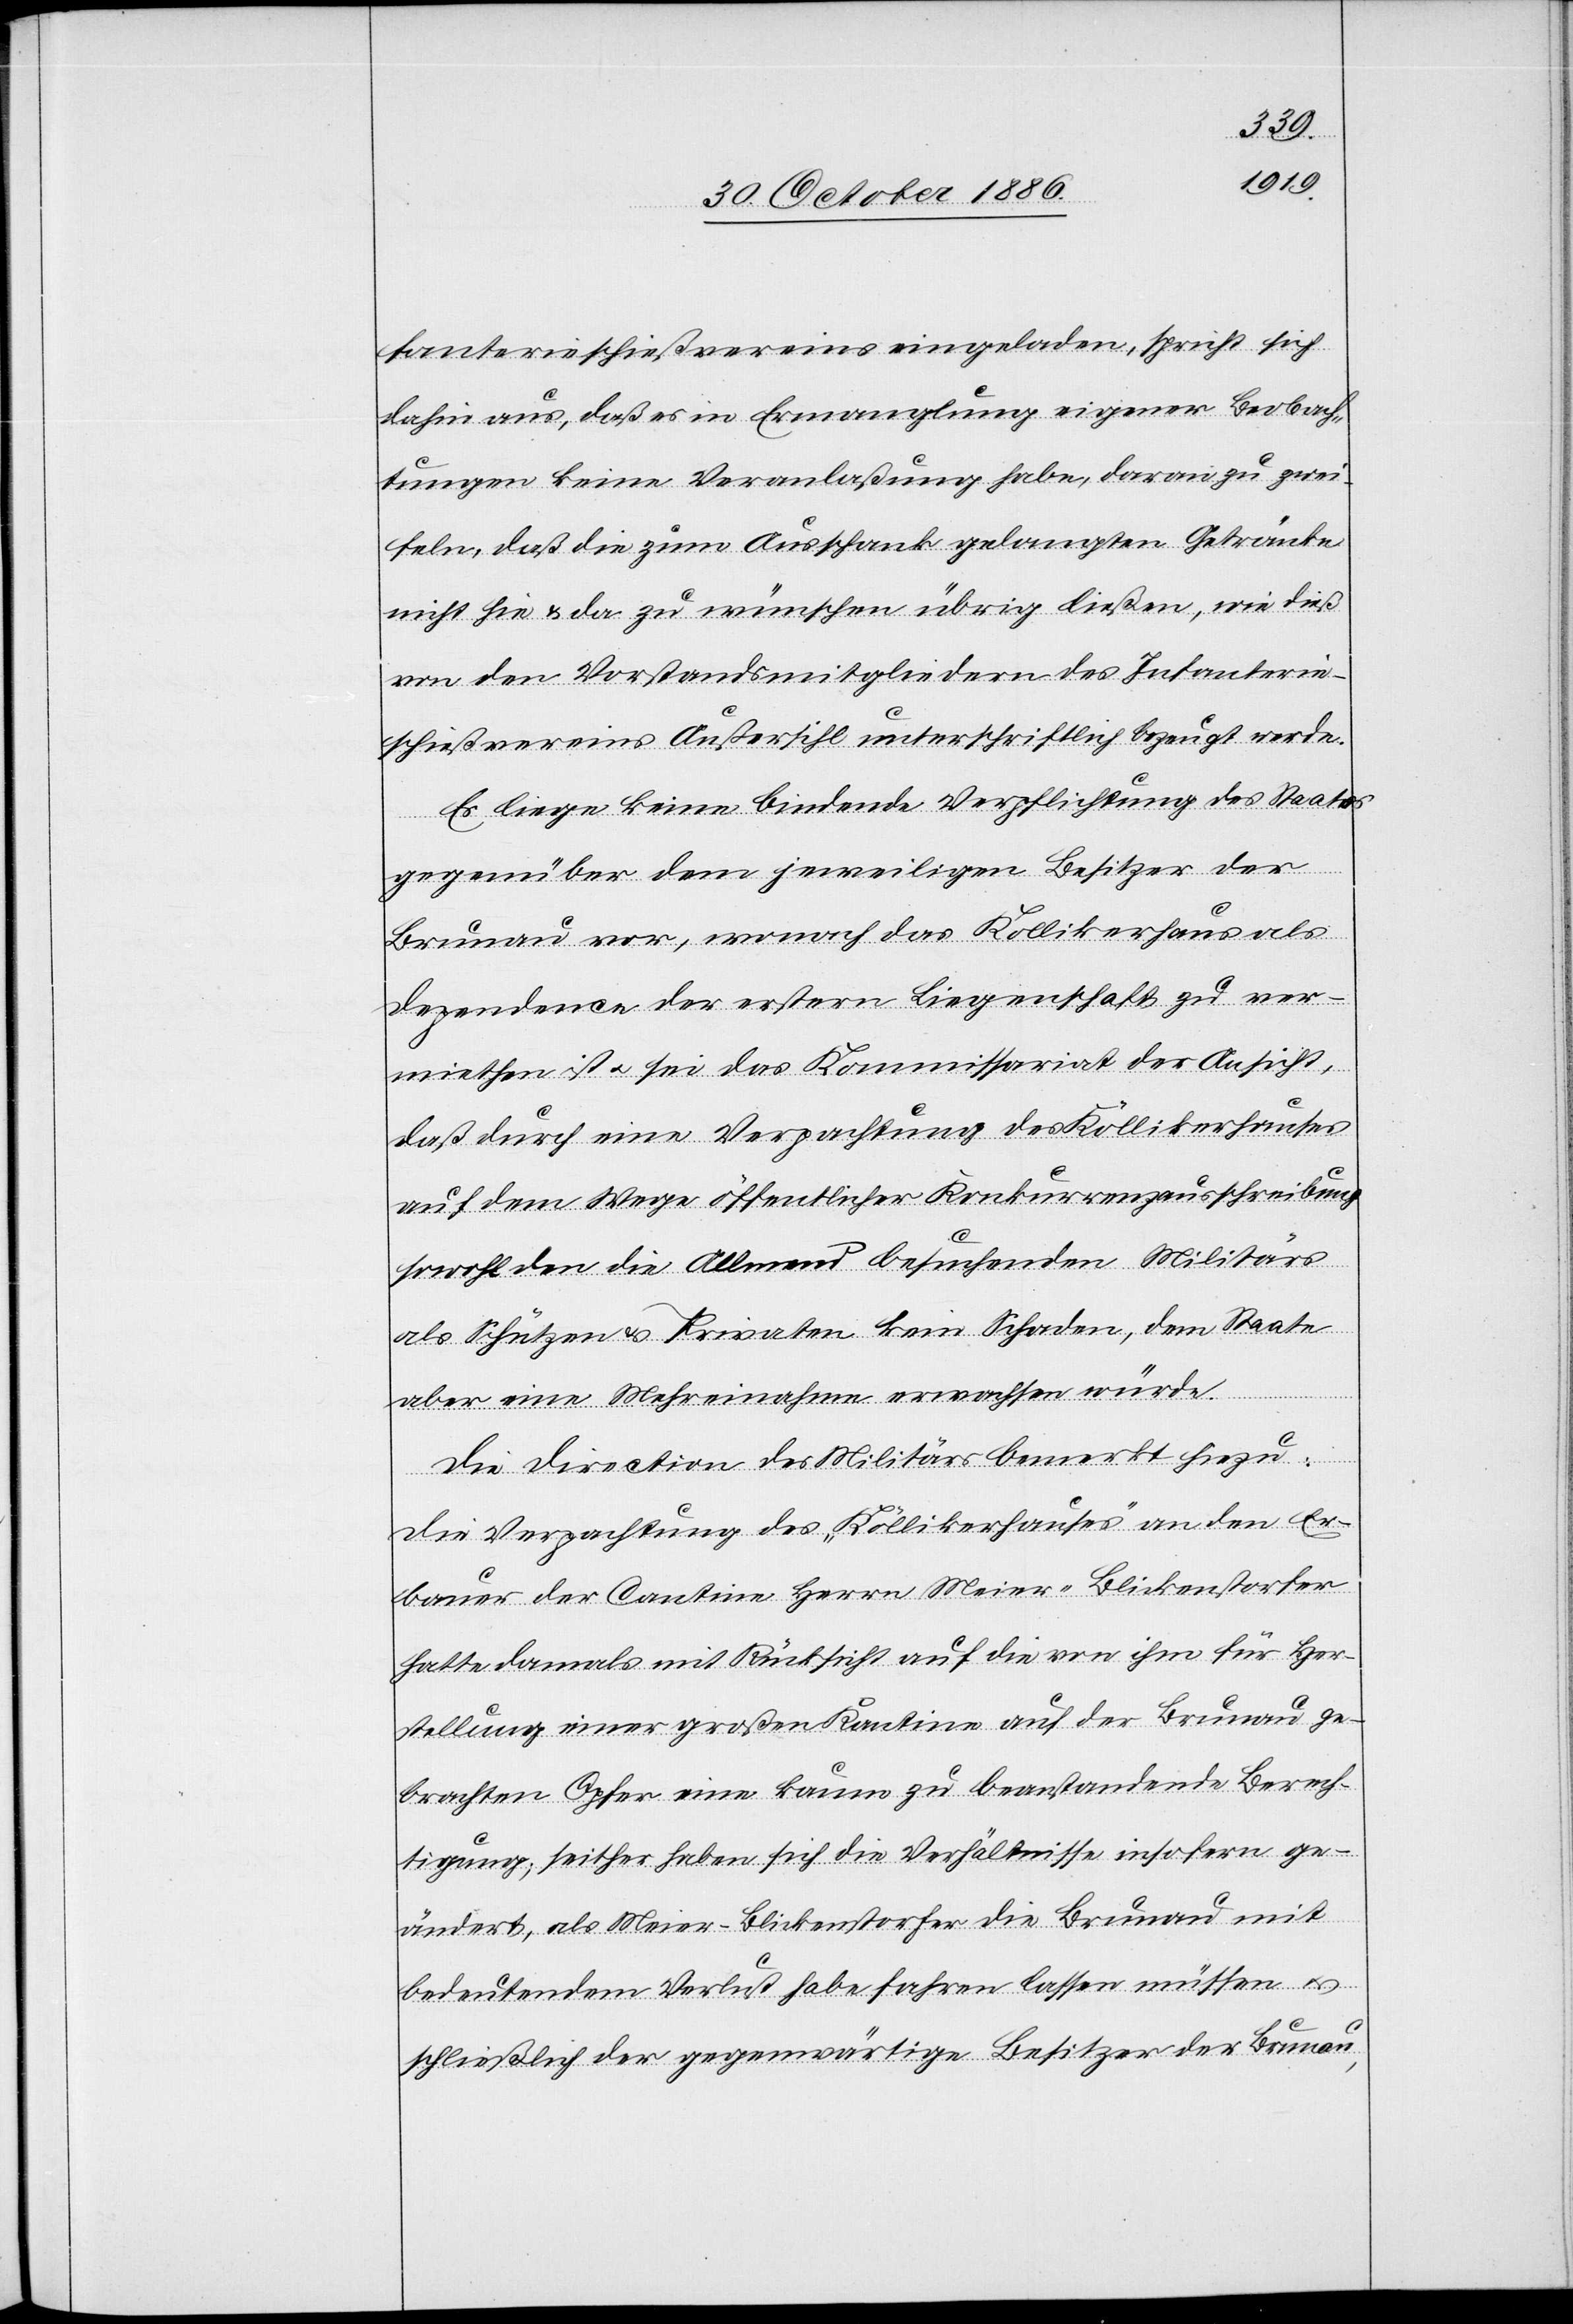
fanterieschießvereins eingeladen, spricht sich
dahin aus, daß es in Ermanglung eigener Beobach¬
tungen keine Veranlaßung habe, daran zu zwei¬
feln, daß die zum Ausschank gelangten Getränke
nicht hie & da zu wünschen übrig ließen, wie dieß
von den Vorstandsmitgliedern des Infanterie¬
schießvereins Außersihl unterschriftlich bezeugt werde.
Es liege keine bindende Verpflichtung des Staates
gegenüber dem jeweiligen Besitzer der
Brunau vor, wonach das Kollikerhaus
Dependence der erstern Liegenschaft zu ver¬
miethen ist & sei das Kommissariat der Ansicht,
daß durch eine Verpachtung des Köllikerhauses
auf dem Wege öffentlicher Konkurrenzausschreibung
sowohl den die Allmend besuchenden Militärs
als Schützen & Privaten kein Schaden, dem Staate
aber eine Mehrein[n]ahme erwachsen würde.
Die Direction des Militärs bemerkt hiezu:
Die Verpachtung des „Köllikerhauses“ an den Er¬
bauer der Cantine Herrn Meier-Blickenstorfer
hatte damals mit Rücksicht auf die von ihm für Her¬
stellung einer großen Kantine auf der Brunau ge¬
brachten Opfer eine kaum zu beanstandende Berech¬
tigung; seither haben sich die Verhältnisse insofern ge¬
ändert, als Meier-Blickenstorfer die Brunau mit
bedeutendem Verlust habe fahren lassen müssen &
schließlich der gegenwärtige Besitzer der Brunau,